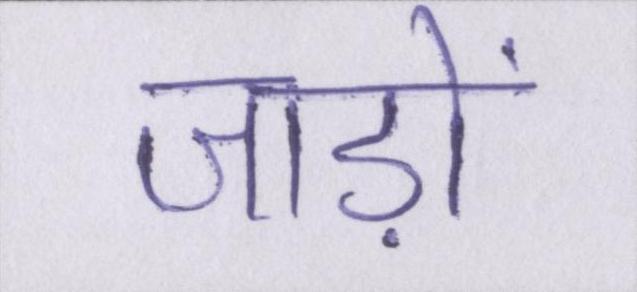
जाड़ों